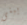
يبنى